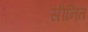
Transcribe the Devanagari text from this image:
सीनित